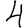
Digit: 4